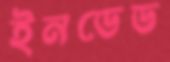
ইনডেড